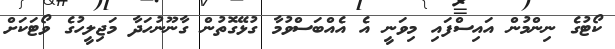
ކޯޓުގެ ނިންމުން އައިސްފައި މިވަނީ އެ އެއްބަސްވުމާ ގުޅޭގޮތުން ގާނޫނުހަދާ މަޖިލީހުގެ ވޯޓަކަށް